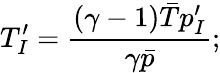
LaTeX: {T}_{I}^{\prime}=\frac{\left(\gamma-1\right)\bar{T}p_{I}^{\prime}}{\gamma\bar{p}};